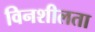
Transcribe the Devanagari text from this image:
विनशीलता